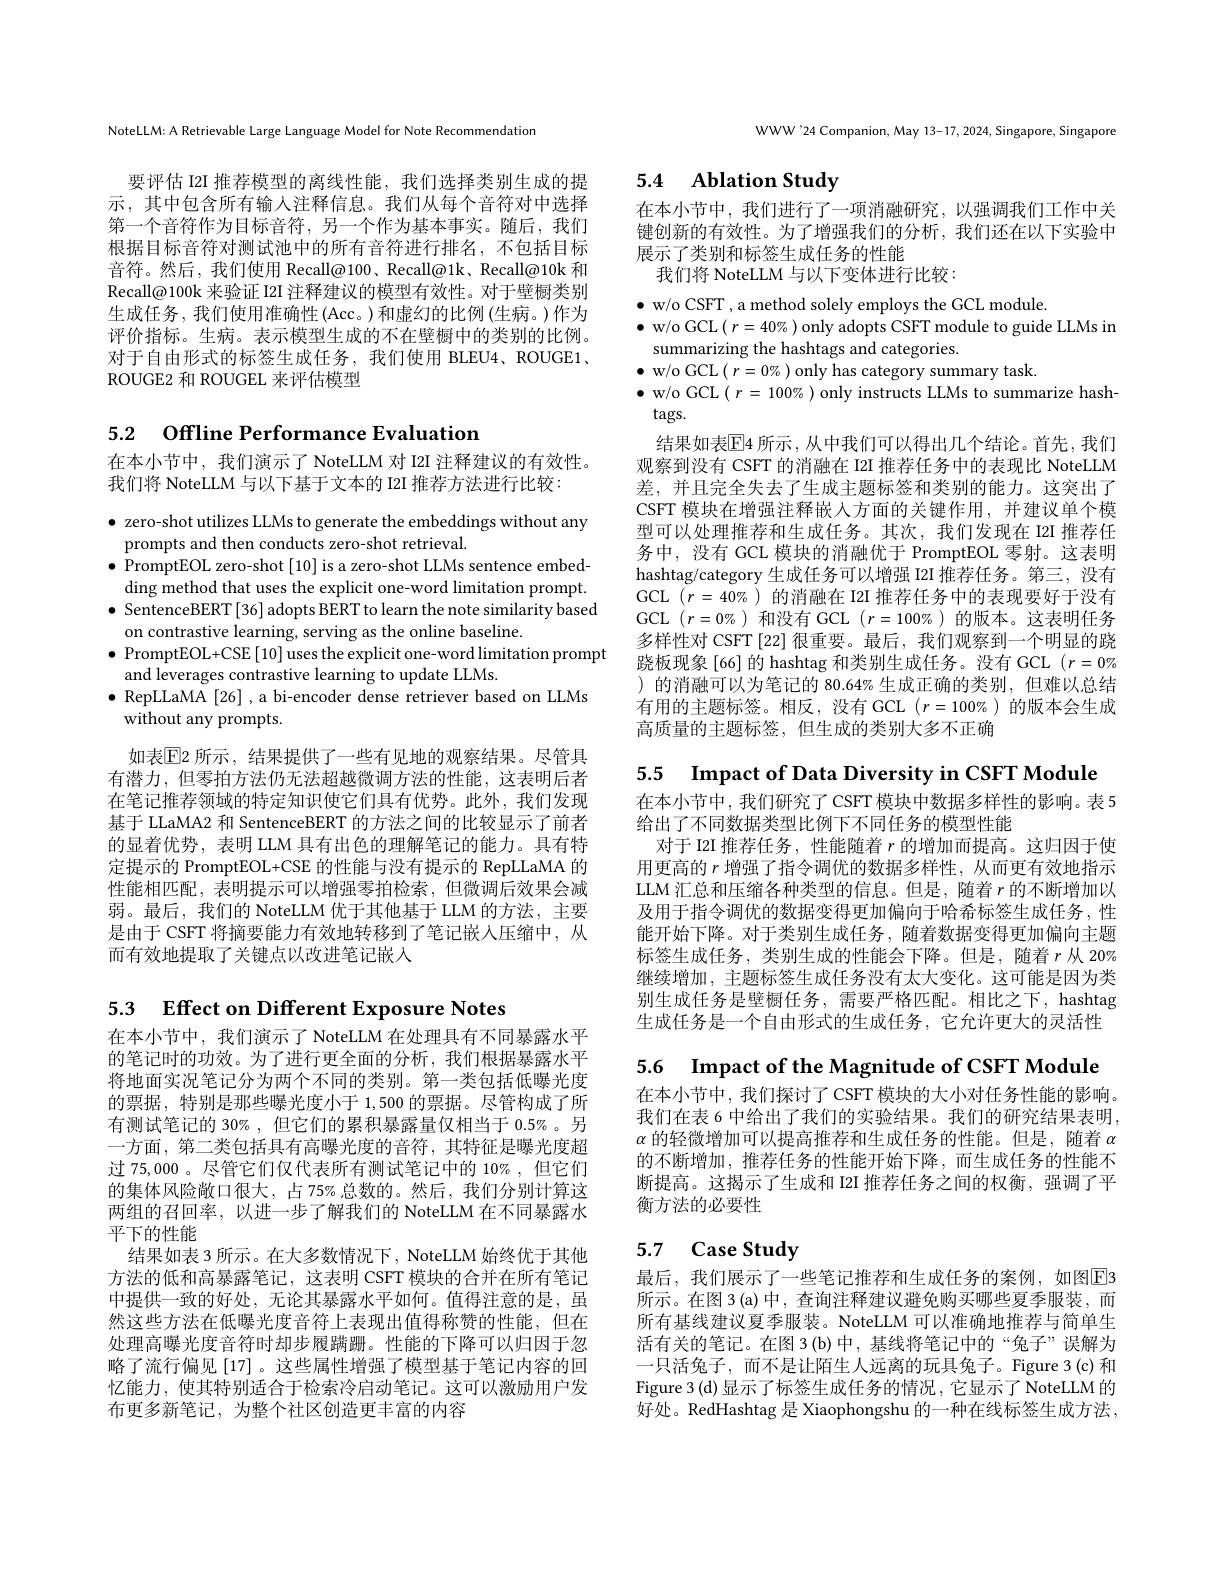
NoteLLM: A Retrievable Large Language Model for Note Recommendation

要评估 I2II 推荐模型的离线性能，我们选择类别生成的提示，其中包含所有输人注释信息。我们从每个音符对中选择第一个音符作为目标音符，另一个作为基本事实。随后，我们根据目标音符对测试池中的所有音符进行排名，不包括目标音符。然后，我们使用 Recall@100、Recall@1k、Recall@10k 和Recall@100k 来验证 I2I 注释建议的模型有效性。对于壁橱类别生成任务，我们使用准确性(Acc。)和虚幻的比例(生病。)作为评价指标。生病。表示模型生成的不在壁橱中的类别的比例。对于自由形式的标签生成任务，我们使用 BLEU4、ROUGE1、 ROUGE2 和 ROUGEL 来评估模型

5.2 $\textbf{Offline Performance Evaluation}$

在本小节中，我们演示了 NoteLLM 对 I2I 注释建议的有效性。
我们将 NoteLLM 与以下基于文本的 I2I 推荐方法进行比较：

$\bullet$ zero-shot utilizes LLMs to generate the embeddings without any
prompts and then conducts zero-shot retrieval.
$\bullet$ PromptEOL zero-shot [10] is a zero-shot LLMs sentence embed-
ding method that uses the explicit one-word limitation prompt. $\bullet$ SentenceBERT[36] adopts BERT to learn the note similarity based
on contrastive learning, serving as the online baseline.
$\bullet$ PromptEOL+CSE$\left[10\right]$uses the explicit one-word limitation prompt
and leverages contrastive learning to update LLMs.
$\bullet$ RepLLaMA [26] ,a bi-encoder dense retriever based on LLMs
without any prompts.

如表$\boxed{\mathrm{F}}$2 所示，结果提供了一些有见地的观察结果。尽管具有潜力，但零拍方法仍无法超越微调方法的性能，这表明后者在笔记推荐领域的特定知识使它们具有优势。此外，我们发现基于 LLaMA2 和 SentenceBERT 的方法之间的比较显示了前者的显着优势，表明 LLM 具有出色的理解笔记的能力。具有特定提示的 PromptEOL+CSE 的性能与没有提示的 RepLLaMA 的性能相匹配，表明提示可以增强零拍检索，但微调后效果会减弱。最后，我们的 NoteLLM 优于其他基于 LLM 的方法，主要是由于 CSFT 将摘要能力有效地转移到了笔记嵌人压缩中，从而有效地提取了关键点以改进笔记嵌人

WWW'24 Companion, May 13-17, 2024, Singapore, Singapore

# 5.4 Ablation Study

在本小节中，我们进行了一项消融研究，以强调我们工作中关键创新的有效性。为了增强我们的分析，我们还在以下实验中展示了类别和标签生成任务的性能
我们将 NoteLLM 与以下变体进行比较：

$\bullet$ w/o CSFT , a method solely employs the GCL module.
$\bullet$ w/o GCL $(r=40\%)$ only adopts CSFT module to guide LLMs in
summarizing the hashtags and categories.
$\bullet$ w/o GCL$\left(r=0\%\right)$only has category summary task.
$\bullet$ w/o GCL $(r=100\%)$ only instructs LLMs to summarize hash-
$tags.$
结果如表$\mathbb{E}$4 所示，从中我们可以得出几个结论。首先，我们观察到没有 CSFT 的消融在 I2I 推荐任务中的表现比 NoteLLM 差，并且完全失去了生成主题标签和类别的能力。这突出了CSFT 模块在增强注释嵌人方面的关键作用，并建议单个模型可以处理推荐和生成任务。其次，我们发现在 I2I 推荐任务中，没有 GCL 模块的消融优于 PromptEOL 零射。这表明hashtag/category 生成任务可以增强 I2I 推荐任务。第三，没有GCL $(r=40\%)$的消融在 I2I 推荐任务中的表现要好于没有GCL $(r=0\%)$和没有 GCL $(r=100\%)$的版本。这表明任务多样性对 CSFT [22] 很重要。最后，我们观察到一个明显的跷跷板现象[66]的 hashtag 和类别生成任务。没有 GCL $(r=0\%$ )的消融可以为笔记的 80.64% 生成正确的类别，但难以总结有用的主题标签。相反，没有 GCL $(r=100\%)$的版本会生成高质量的主题标签，但生成的类别大多不正确

5.5 Impact of Data Diversity in CSFT Module

在本小节中，我们研究了CSFT 模块中数据多样性的影响。表 5
给出了不同数据类型比例下不同任务的模型性能
对于 I2II 推荐任务 , 性能随着$r$的增加而提高。这归因于使用更高的$r$增强了指令调优的数据多样性，从而更有效地指示LLM 汇总和压缩各种类型的信息。但是，随着$r$的不断增加以及用于指令调优的数据变得更加偏向于哈希标签生成任务，性能开始下降。对于类别生成任务，随着数据变得更加偏向主题标签生成任务，类别生成的性能会下降。但是，随着$r$从 20% 继续增加，主题标签生成任务没有太大变化。这可能是因为类别生成任务是壁橱任务，需要严格匹配。相比之下，hashtag 生成任务是一个自由形式的生成任务，它允许更大的灵活性

5.6 Impact of the Magnitude of CSFT Module

在本小节中，我们探讨了CSFT模块的大小对任务性能的影响。我们在表 6 中给出了我们的实验结果。我们的研究结果表明， $\alpha$的轻微增加可以提高推荐和生成任务的性能。但是，随着$\alpha$ 的不断增加，推荐任务的性能开始下降，而生成任务的性能不断提高。这揭示了生成和 I2I 推荐任务之间的权衡，强调了平衡方法的必要性

# 5.7 Case Study

最后，我们展示了一些笔记推荐和生成任务的案例，如图$\boxed{\mathrm{F}}3$ 所示。在图 3(a) 中，查询注释建议避免购买哪些夏季服装，而所有基线建议夏季服装。NoteLLM 可以准确地推荐与简单生活有关的笔记。在图 3(b)中，基线将笔记中的“兔子”误解为一只活兔子，而不是让陌生人远离的玩具兔子。Figure 3(c)和Figure 3(d)显示了标签生成任务的情况，它显示了NoteLLM 的好处。RedHashtag 是 Xiaophongshu 的一种在线标签生成方法，

5.3 Effect on Different Exposure Notes
在本小节中，我们演示了 NoteLLM 在处理具有不同暴露水平的笔记时的功效。为了进行更全面的分析，我们根据暴露水平将地面实况笔记分为两个不同的类别。第一类包括低曝光度的票据，特别是那些曝光度小于 1,500 的票据。尽管构成了所有测试笔记的 30%,但它们的累积暴露量仅相当于 0.5%。另一方面，第二类包括具有高曝光度的音符，其特征是曝光度超过 75,000。尽管它们仅代表所有测试笔记中的 10% ,但它们的集体风险敞口很大，占 75% 总数的。然后，我们分别计算这两组的召回率，以进一步了解我们的 NoteLLM 在不同暴露水平下的性能
结果如表 3 所示。在大多数情况下，NoteLLM 始终优于其他方法的低和高暴露笔记，这表明 CSFT 模块的合并在所有笔记中提供一致的好处，无论其暴露水平如何。值得注意的是，虽然这些方法在低曝光度音符上表现出值得称赞的性能，但在处理高曝光度音符时却步履蹒跚。性能的下降可以归因于忽略了流行偏见[17]。这些属性增强了模型基于笔记内容的回忆能力，使其特别适合于检索冷启动笔记。这可以激励用户发布更多新笔记，为整个社区创造更丰富的内容